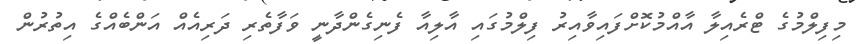
މިފިލްމުގެ ޓްރެއިލާ އާއްމުކޮށްފައިވާއިރު ފިލްމުގައި އާލިއާ ފެނިގެންދާނީ ވަފާތެރި ދަރިއެއް އަންބެއްގެ އިތުރުން